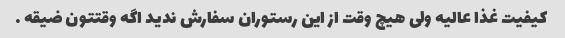
کیفیت غذا عالیه ولی هیچ وقت از این رستوران سفارش ندید اگه وقتتون ضیقه …